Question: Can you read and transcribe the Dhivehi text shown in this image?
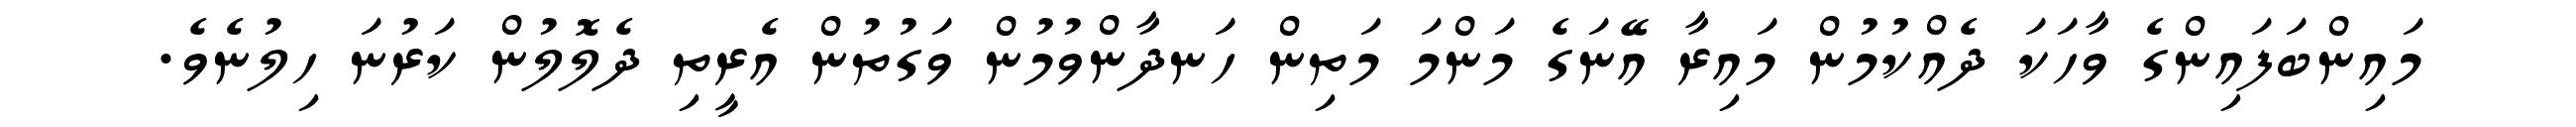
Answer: މައިންބަފައިންގެ ވާހަކަ ދެއްކުމުން މައިރާ އޭނަގެ މަންމަ މަތިން ހަނދާންވުމުން ވަގުތުން އެރީތި ދެލޮލުން ކަރުނަ ހިލުނެވެ.